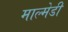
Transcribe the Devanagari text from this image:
माल्मेडी